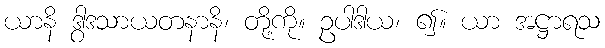
ယာနိ ဒွါဒသာယတနာနိ၊ တို့ကို။ ဥပါဒါယ၊ ၍။ ယာ အဋ္ဌာရသ